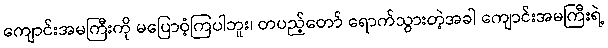
ကျောင်းအမကြီးကို မပြောဝံ့ကြပါဘူး၊ တပည့်တော် ရောက်သွားတဲ့အခါ ကျောင်းအမကြီးရဲ့